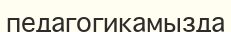
педагогикамызда